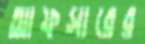
আফসারের